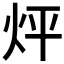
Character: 𤇊